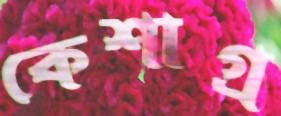
কেশাগ্র